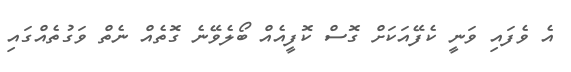
އެ ވެފައި ވަނީ ކެފޭއަކަށް ގޮސް ކޮފީއެއް ބޯލެވޭނެ ގޮތެއް ނެތް ވަގުތެއްގައި